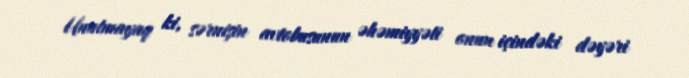
Unutmayaq ki, sərnişin avtobusunun əhəmiyyəti onun içindəki dəyəri